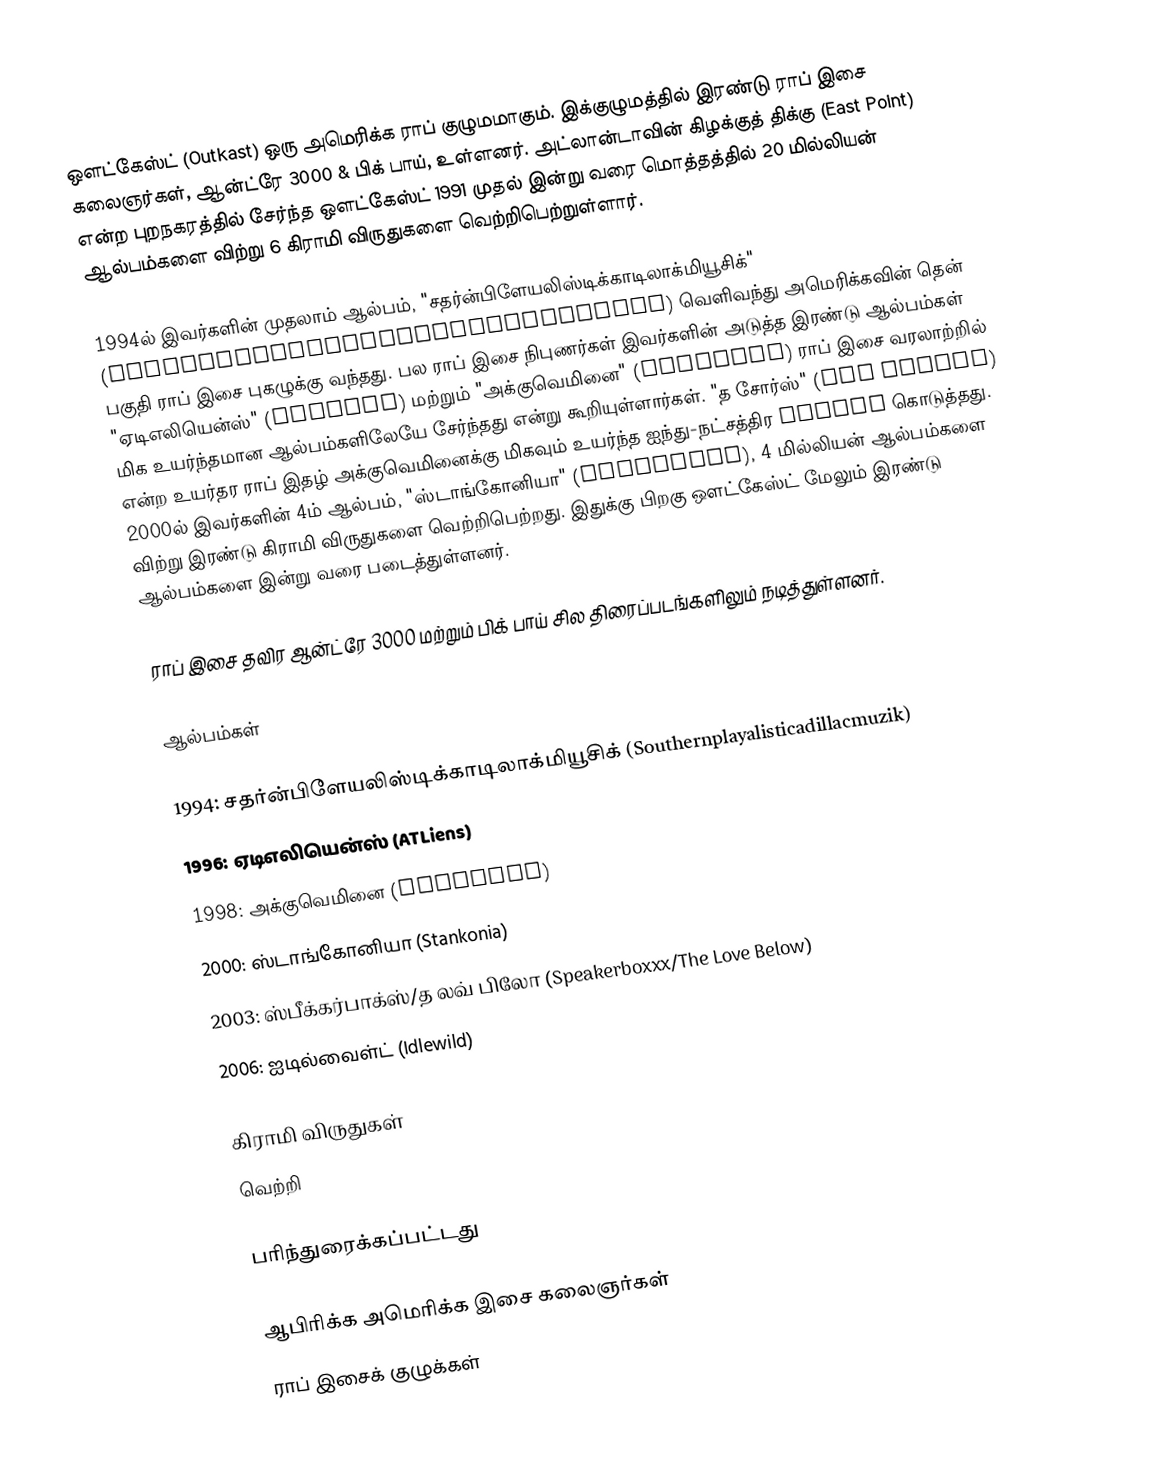
ஒளட்கேஸ்ட் (Outkast) ஒரு அமெரிக்க ராப் குழுமமாகும். இக்குழுமத்தில் இரண்டு ராப் இசை கலைஞர்கள், ஆன்ட்ரே 3000 & பிக் பாய், உள்ளனர். அட்லான்டாவின் கிழக்குத் திக்கு (East Point) என்ற புறநகரத்தில் சேர்ந்த ஒளட்கேஸ்ட் 1991 முதல் இன்று வரை மொத்தத்தில் 20 மில்லியன் ஆல்பம்களை விற்று 6 கிராமி விருதுகளை வெற்றிபெற்றுள்ளார்.

1994ல் இவர்களின் முதலாம் ஆல்பம், "சதர்ன்பிளேயலிஸ்டிக்காடிலாக்மியூசிக்" (Southernplayalisticadillacmuzik) வெளிவந்து அமெரிக்கவின் தென் பகுதி ராப் இசை புகழுக்கு வந்தது. பல ராப் இசை நிபுணர்கள் இவர்களின் அடுத்த இரண்டு ஆல்பம்கள் "ஏடிஎலியென்ஸ்" (ATLiens) மற்றும் "அக்குவெமினை" (Aquemini) ராப் இசை வரலாற்றில் மிக உயர்ந்தமான ஆல்பம்களிலேயே சேர்ந்தது என்று கூறியுள்ளார்கள். "த சோர்ஸ்" (The Source) என்ற உயர்தர ராப் இதழ் அக்குவெமினைக்கு மிகவும் உயர்ந்த ஐந்து-நட்சத்திர rating கொடுத்தது. 2000ல் இவர்களின் 4ம் ஆல்பம், "ஸ்டாங்கோனியா" (Stankonia), 4 மில்லியன் ஆல்பம்களை விற்று இரண்டு கிராமி விருதுகளை வெற்றிபெற்றது. இதுக்கு பிறகு ஔட்கேஸ்ட் மேலும் இரண்டு ஆல்பம்களை இன்று வரை படைத்துள்ளனர்.

ராப் இசை தவிர ஆன்ட்ரே 3000 மற்றும் பிக் பாய் சில திரைப்படங்களிலும் நடித்துள்ளனர்.

ஆல்பம்கள்

 1994: சதர்ன்பிளேயலிஸ்டிக்காடிலாக்மியூசிக் (Southernplayalisticadillacmuzik)
 1996: ஏடிஎலியென்ஸ் (ATLiens)
 1998: அக்குவெமினை (Aquemini)
 2000: ஸ்டாங்கோனியா (Stankonia)
 2003: ஸ்பீக்கர்பாக்ஸ்/த லவ் பிலோ (Speakerboxxx/The Love Below)
 2006: ஐடில்வைள்ட் (Idlewild)

கிராமி விருதுகள்
வெற்றி

பரிந்துரைக்கப்பட்டது

ஆபிரிக்க அமெரிக்க இசை கலைஞர்கள்
ராப் இசைக் குழுக்கள்